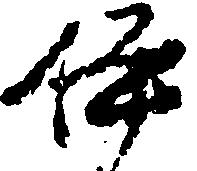
伊